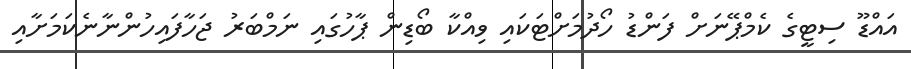
އައްޑޫ ސިޓީގެ ކެމްޕޭނަށް ފަންޑު ހޯދުމަށްޓަކައި ވިއްކާ ބޯޑިން ޕާހުގައި ނަމްބަރު ޖަހާފައިހުންނާނެކަމަށާއި